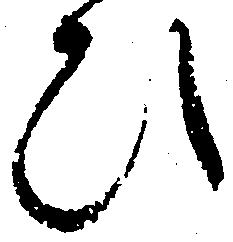
ひ